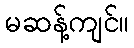
မဆန့်ကျင်။